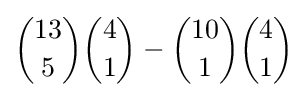
{13 \choose 5}{4 \choose 1}-{10 \choose 1}{4 \choose 1}